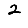
Digit: 2